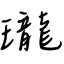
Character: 瓏